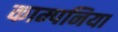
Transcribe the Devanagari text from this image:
काम्पनिया